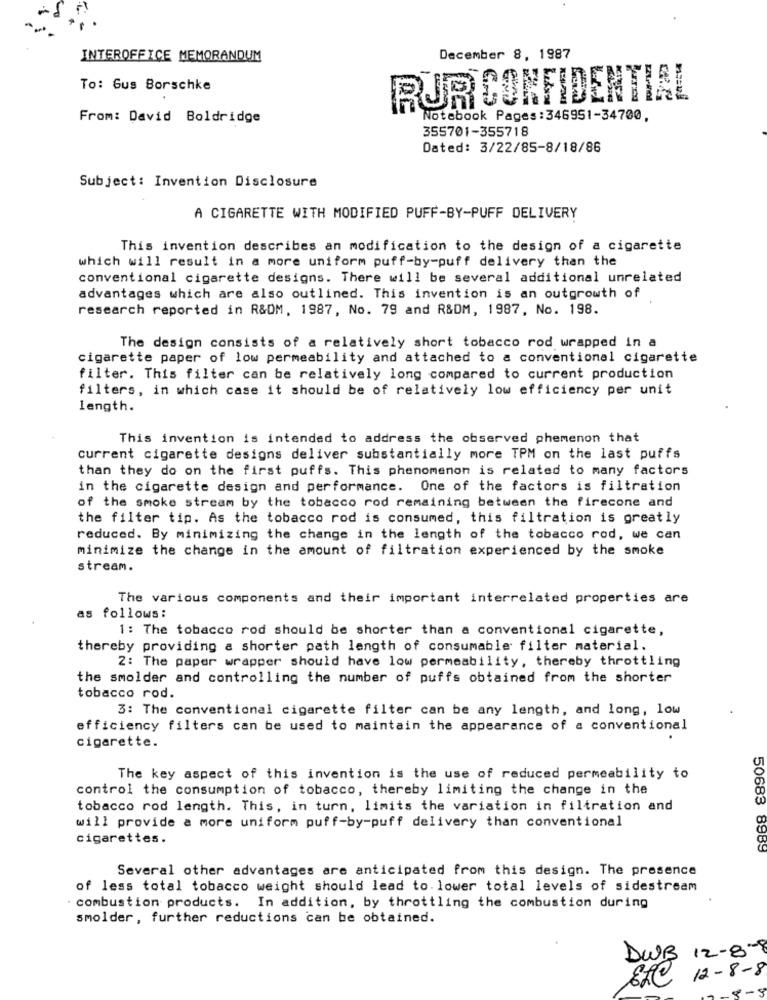
INTEROFFICE MEMORANDUM
December 8, 1987
To: Gus Borschke
RUR CONFIDENTIAL
From: David Boldridge
Notebook Pages :346951-34700,
355701-355718
Dated: 3/22/85-8/18/86
Subject: Invention Disclosure
A CIGARETTE WITH MODIFIED PUFF-BY-PUFF DELIVERY
This invention describes an modification to the design of a cigarette
which will result in a more uniform puff-by-puff delivery than the
conventional cigarette designs. There will be several additional unrelated
advantages which are also outlined. This invention is an outgrowth of
research reported in R&DM, 1987, No. 79 and R&DM, 1987, No. 198.
The design consists of a relatively short tobacco rod wrapped in a
cigarette paper of low permeability and attached to a conventional cigarette
filter. This filter can be relatively long compared to current production
filters, in which case it should be of relatively low efficiency per unit
length.
This invention is intended to address the observed phemenon that
current cigarette designs deliver substantially more TPM on the last puffs
than they do on the first puffs. This phenomenon is related to many factors
in the cigarette design and performance. One of the factors is filtration
of the smoke stream by the tobacco rod remaining between the firecone and
the filter tip. As the tobacco rod is consumed, this filtration is greatly
reduced. By minimizing the change in the length of the tobacco rod, we can
minimize the change in the amount of filtration experienced by the smoke
stream.
The various components and their important interrelated properties are
as follows:
1: The tobacco rod should be shorter than a conventional cigarette,
thereby providing a shorter path length of consumable filter material.
2: The paper wrapper should have low permeability, thereby throttling
the smolder and controlling the number of puffs obtained from the shorter
tobacco rod.
3: The conventional cigarette filter can be any length, and long, low
efficiency filters can be used to maintain the appearance of a conventional
cigarette.
The key aspect of this invention is the use of reduced permeability to
control the consumption of tobacco, thereby limiting the change in the
tobacco rod length. This, in turn, limits the variation in filtration and
will provide a more uniform puff-by-puff delivery than conventional
cigarettes.
50683 8989
Several other advantages are anticipated from this design. The presence
of less total tobacco weight should lead to. lower total levels of sidestream
combustion products. In addition, by throttling the combustion during
smolder, further reductions can be obtained.
12 -8-8
DWB
12-8-8